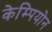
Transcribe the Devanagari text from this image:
केम्पियोन